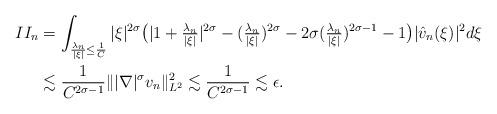
LaTeX: \begin{align*}II_n&=\int_{\frac{\lambda_n}{|\xi|}\leq \frac{1}{C}} |\xi|^{2\sigma}\big(|1+\tfrac{\lambda_n}{|\xi|}|^{2\sigma}-(\tfrac{\lambda_n}{|\xi|})^{2\sigma}-2\sigma(\tfrac{\lambda_n}{|\xi|})^{2\sigma-1}-1\big)|\hat{v}_n(\xi)|^2d\xi\\&\lesssim\frac{1}{C^{2\sigma-1}}\||\nabla|^\sigma v_n\|_{L^2}^2\lesssim \frac{1}{C^{2\sigma-1}}\lesssim\epsilon.\end{align*}